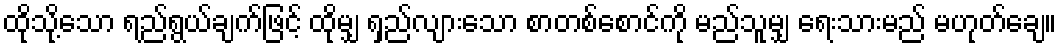
ထိုသို့သော ရည်ရွယ်ချက်ဖြင့် ထိုမျှ ရှည်လျားသော စာတစ်စောင်ကို မည်သူမျှ ရေးသားမည် မဟုတ်ချေ။